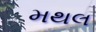
મથલ